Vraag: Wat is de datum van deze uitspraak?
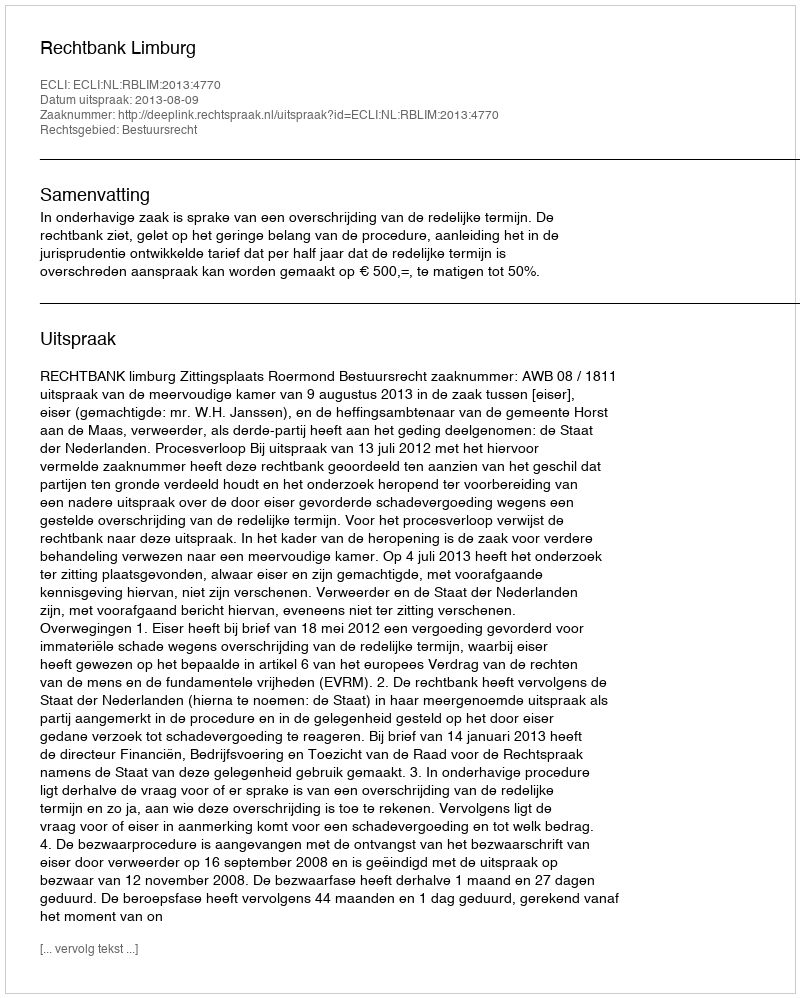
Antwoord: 2013-08-09